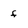
Character: f